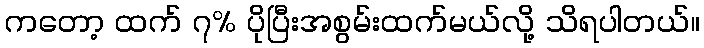
ကတော့ ထက် ၇% ပိုပြီးအစွမ်းထက်မယ်လို့ သိရပါတယ်။